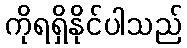
ကိုရရှိနိုင်ပါသည်